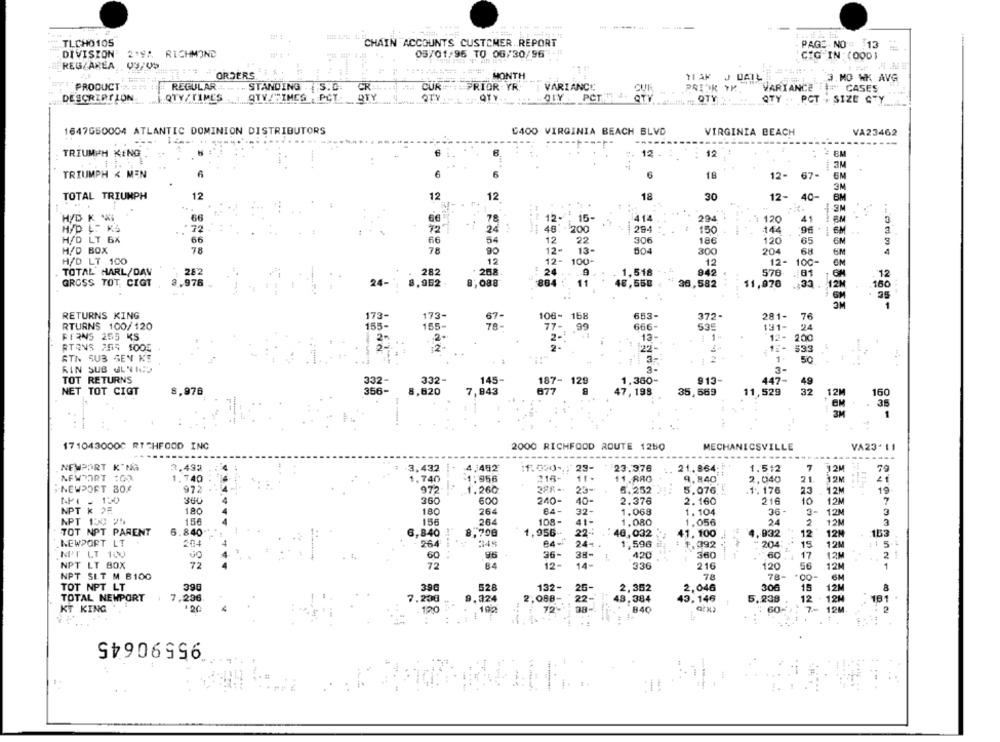
TLCHO105
CHAIN ACCOUNTS CUSTOMER REPORT
PAGE NO : 13
DIVISION'
05/01/96 TO 06/30/96 -11
219A RICHMOND
GIG IN : (0001
REG AREA 03/05
ORDERS
MONTH
TIAF JUAIL
.J. HO WK AVG
PRODUCT
REGULAR ...
STANDING . S.C.
CR
CUR
PRIOR YR.
VARIANCE
CUR
PRIOK YR.
VARIANCE =" CASES
PCTTE 4.
DESCRIPTION
QTY TIME'S
STY (TIMES ; PCT
QTY
OTY
QTY .. PCT . SIZE GTY
1647G50004 ATLANTIC DOMINION DISTRIBUTORS
6400 VIRGINIA BEACH BLVD
VIRGINIA BEACH
VA23462
---
TRIUMPH KING
6
12 .
...
12
TRIUMPH < MEN
6
6
6
18
12- 67-
TOTAL TRIUMPH
12
12
12
18
30
12- 40-
1.3M
H/D K V
66
78
12.
15
1414
294
120
H/D L. KS
72
24
.----
48. 200
200
294
150
144
96 . 1 6M
3
H/D LT 6%
66
66
54
22
306
186
120
65
H/D BOX
78
78
90
13 -
504
300
204
68
12
12- 100-
H/D LT 100
12
12-
100-
TOTAL HARL/DAV
282
282
268
24
1,518
942
576
:81
12
GROSS TOT, CIGT
3.976
24-
8.962
8,088
864 :
48,550
36,582
12M
11,076
160
RETURNS KING
173-
173-
67-
106- 158
653-
372-
281-
76
RTURNS 100/120
155-
155-
78-
77-
666-
535
131
24
FERNS 255 KS
2+
13-
200
RTRNS 255 1005
12.
$33
RTN SUS SEN KS
50
RIN SUS ULVICD
3-
TOT RETURNS
332-
332-
145-
1.360-
913-
3-
187- 129
447-
NET TOT CIGT
8.976
356-
8,620
7,843
877
47, 198
35,569
11,529
12M
160
. 35
1
1710430000 RICHFOOD INC
MECHANICSVILLE
2000 RICHFOOD ROUTE 1250
VA23- 11
NEWPORT K"NG
3.493
3.432
4,462
If. 020 -,; 29-
23.376
21,864:
1.512
7
12M
79
NEWPORT :02
1.740
1.740
1:956
216-
11.
11.88G
9.840
2.040
21
12M IF
NEWPORT 30
972
972.
1.260
23-
6.252
5.076!
.1. 176
23
. 12M
19
NPI - 150
960
360
600
240-
40-
2.376
2. 160
216
10
12M
NPT k >#
180
180
264
84-
32-
1.068
1. 104
36-
3-
12M
3
NPT 150 25
156
108-
156
264
41-
1.080
1.056
24
2
12M
3
TOT NPT PARENT
6.840
6,840
8,700
1,956-
22-
40,032
41.100
.932
12
12M
153
NEWPORT LT
204
264
1,596 mi
1, 392
204
15
12M
1 5
60
96
36-
38-
420
360
60
17
12M
2
NPT LT BOX
72
12-
14-
33G
216
120
12M
56
1
NPT SLT M B100
78
78-
*00-
TOT NPT LT
390
390
528
132-
26-
2.352
2,046
306
15
8
12M
TOTAL NEWPORT
1
7,236
7.230
9.324
2.088-
22-
48.384
43,146
5.238
12
12M
181
KT KING
192
28-
840
60-
120
95590645